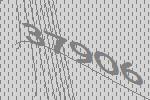
37906